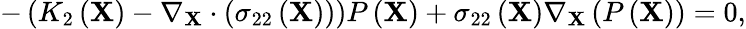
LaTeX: -\left(K_{2}\left(\mathbf{X}\right)-\nabla_{\mathbf{X}}\cdot\left(\sigma_{22}\left(\mathbf{X}\right)\right)\right)P\left(\mathbf{X}\right)+\sigma_{22}\left(\mathbf{X}\right)\nabla_{\mathbf{X}}\left(P\left(\mathbf{X}\right)\right)=0,